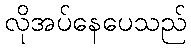
လိုအပ်နေပေသည်